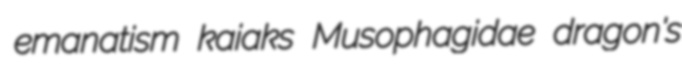
emanatism kaiaks Musophagidae dragon's